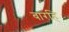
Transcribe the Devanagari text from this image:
बारहिं